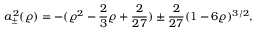
a _ { \pm } ^ { 2 } ( \varrho ) = - ( \varrho ^ { 2 } - \frac 2 3 \varrho + \frac { 2 } { 2 7 } ) \pm \frac { 2 } { 2 7 } ( 1 - 6 \varrho ) ^ { 3 / 2 } ,